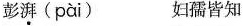
彭湃(pài) 妇孺皆知